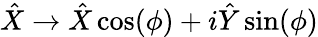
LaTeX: \hat{X}\rightarrow\hat{X}\cos(\phi)+i\hat{Y}\sin(\phi)